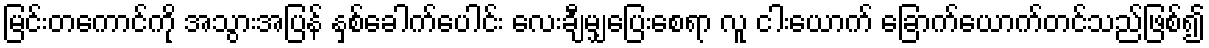
မြင်းတကောင်ကို အသွားအပြန် နှစ်ခေါက်ပေါင်း လေးချီမျှပြေးစေရာ လူ ငါးယောက် ခြောက်ယောက်တင်သည်ဖြစ်၍